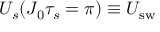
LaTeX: U _ { s } ( J _ { 0 } \tau _ { s } = \pi ) \equiv U _ { \mathrm { { s w } } }